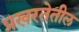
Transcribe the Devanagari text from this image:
प्रखरतेतील